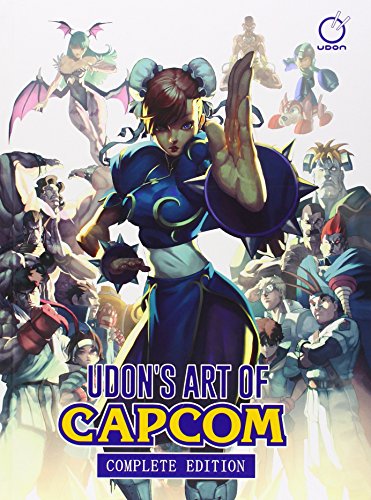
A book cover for UDON's Art of Capcom: Complete Edition; Arts & Photography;